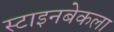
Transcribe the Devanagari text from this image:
स्टाइनबेकला